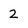
Character: 2